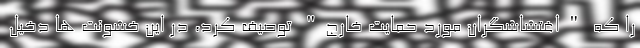
را که "اغتشاشگران مورد حمایت خارج" توصیف کرد، در این خشونت ها دخیل